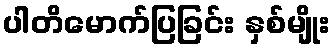
ပါတိမောက်ပြခြင်း နှစ်မျိုး